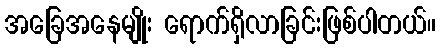
အခြေအနေမျိုး ရောက်ရှိလာခြင်းဖြစ်ပါတယ်။